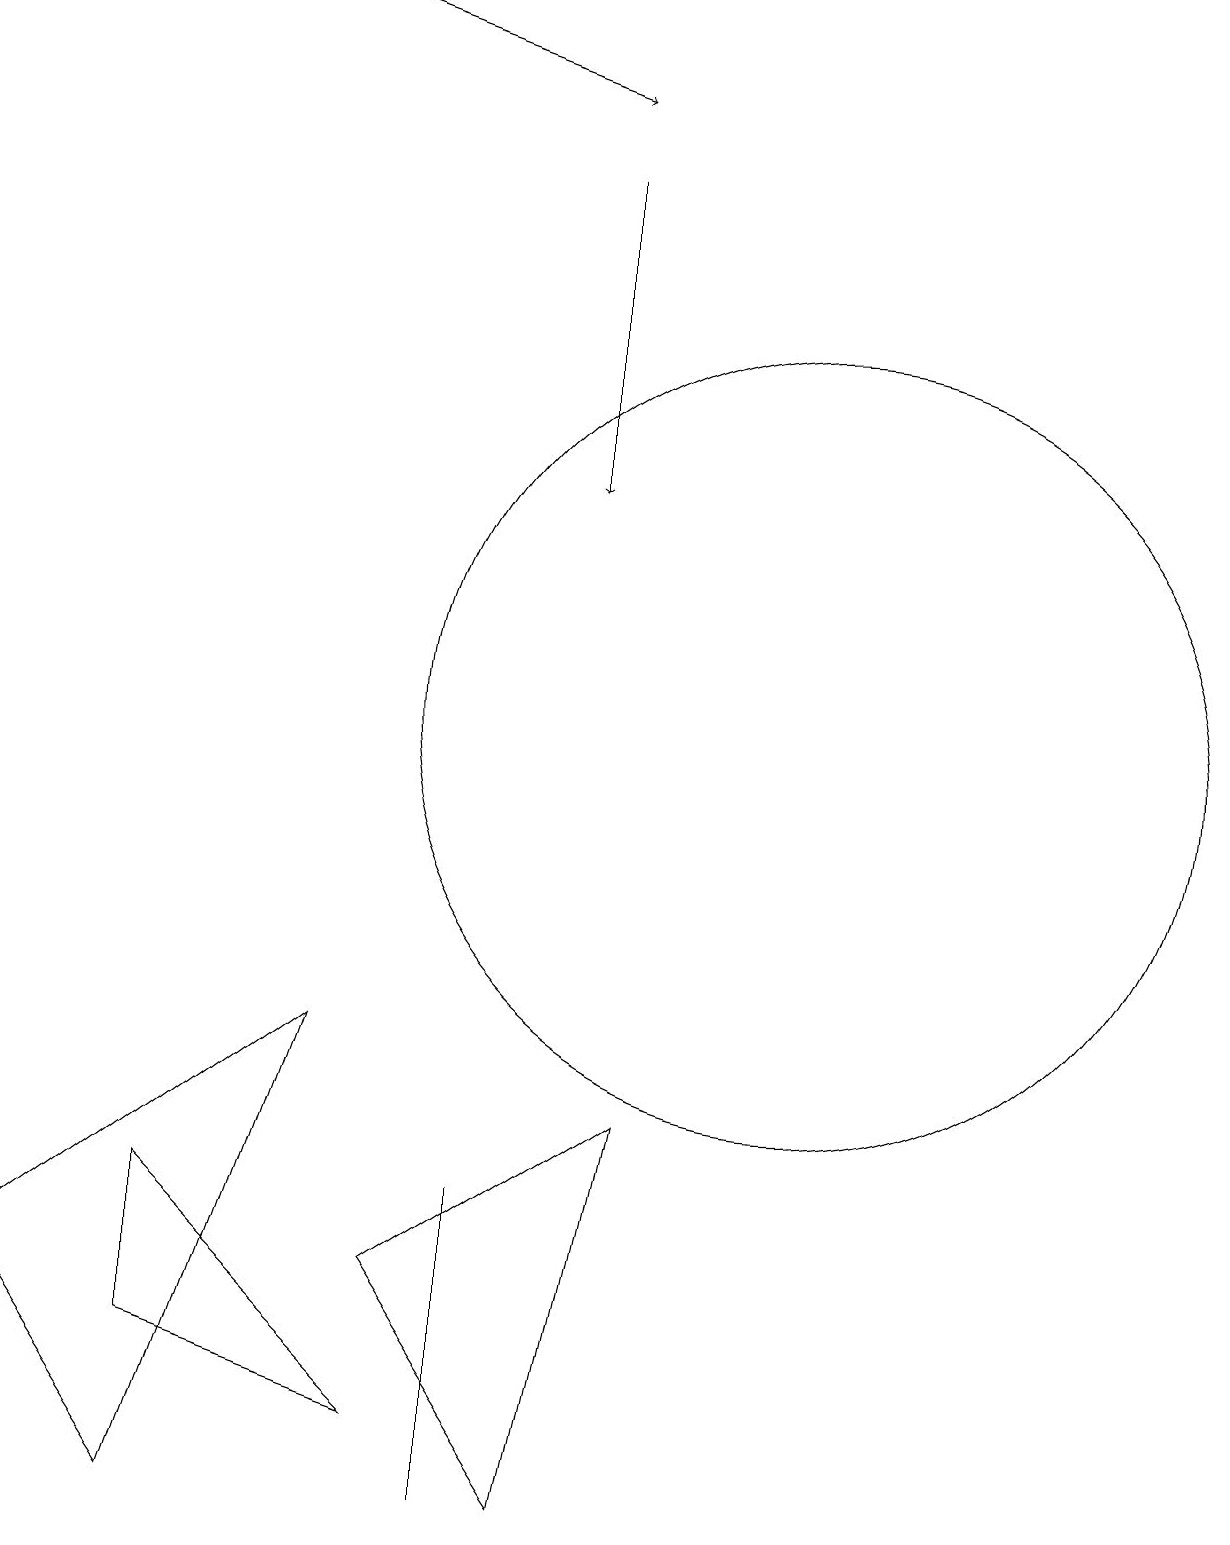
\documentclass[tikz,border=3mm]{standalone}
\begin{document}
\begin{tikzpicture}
\draw (4,6) -- (2,0) -- (0,3) -- cycle;
\draw[->] (7,17) -- (7,13);
\draw (10,10) circle (5);
\draw (7,0) -- (5,3) -- (8,5) -- cycle;
\draw[->] (4,19) -- (7,18);
\draw (6,4) -- (6,0) -- (6,1) -- cycle;
\draw (2,4) -- (2,2) -- (5,1) -- cycle;
\draw (12,12) circle (0);
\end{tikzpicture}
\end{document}